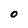
Character: O